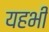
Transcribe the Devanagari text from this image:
यहभी